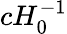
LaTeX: cH_{0}^{-1}